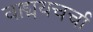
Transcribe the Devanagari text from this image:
वाड्मयचर्चा